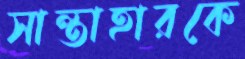
সান্তাহারকে